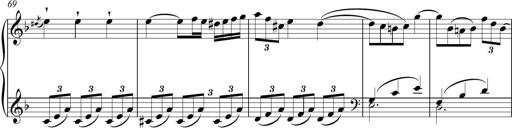
Title: Sonatina Vienesa al estilo de J.Haydn
Composer: JosÃ© RamÃ³n HernÃ¡ndez Bellido